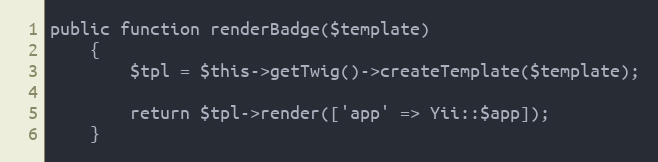
Language: PHP
public function renderBadge($template)
    {
        $tpl = $this->getTwig()->createTemplate($template);

        return $tpl->render(['app' => Yii::$app]);
    }